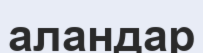
аландар